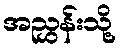
အညွှန်းသို့